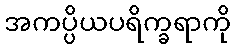
အကပ္ပိယပရိက္ခရာကို